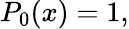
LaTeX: P_{0}(x)=1,